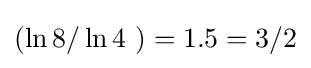
\left(\ln 8/\ln 4\ \right)=1.5=3/2